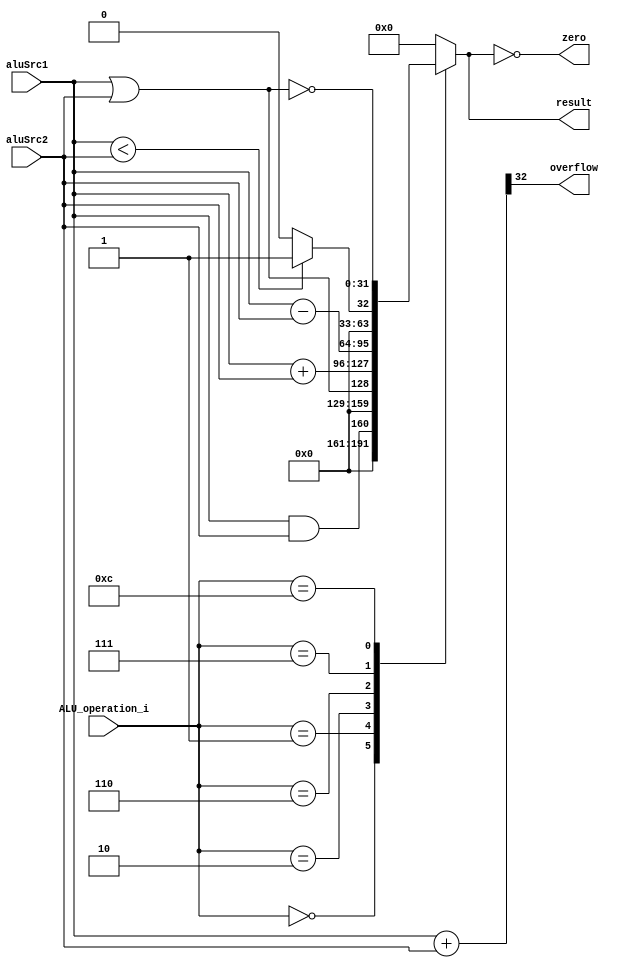
module ALU( aluSrc1, aluSrc2, ALU_operation_i, result, zero, overflow );

//I/O ports 
input	[32-1:0] aluSrc1;
input	[32-1:0] aluSrc2;
input	 [4-1:0] ALU_operation_i;

output  [32-1:0] result;
output			 zero;
output			 overflow;

//Internal Signals
wire			 zero;
wire			 overflow;
wire	[32-1:0] result;

//Main function
/*your code here*/
reg [31:0] res;
reg [32:0] over;
assign zero = (result == 0);
always @(ALU_operation_i, aluSrc1, aluSrc2) begin
	case (ALU_operation_i)
		0: res <= aluSrc1 && aluSrc2;
		1: res <= aluSrc1 || aluSrc2;
	  	2: res <= aluSrc1 + aluSrc2;
		6: res <= aluSrc1 - aluSrc2;
		7: res <= aluSrc1 < aluSrc2 ? 1:0;
		12: res <= ~(aluSrc1 || aluSrc2);	//nor
		default: res <= 0;
	endcase
	over <=  aluSrc1 + aluSrc2;
end
assign result = res;
assign overflow = over[32];
endmodule